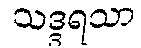
သဒ္ဒရသာ